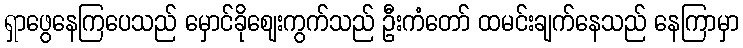
ရှာဖွေနေကြပေသည် မှောင်ခိုဈေးကွက်သည် ဦးကံတော် ထမင်းချက်နေသည် နေကြာမှာ